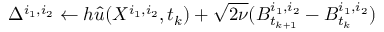
\Delta ^ { i _ { 1 } , i _ { 2 } } \gets h \Hat { u } ( X ^ { i _ { 1 } , i _ { 2 } } , t _ { k } ) + \sqrt { 2 \nu } ( B _ { t _ { k + 1 } } ^ { i _ { 1 } , i _ { 2 } } - B _ { t _ { k } } ^ { i _ { 1 } , i _ { 2 } } )